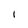
Character: I